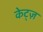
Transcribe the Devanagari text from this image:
केट्ज़